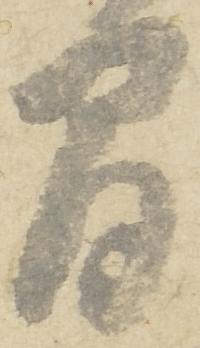
間